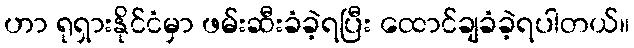
ဟာ ရုရှားနိုင်ငံမှာ ဖမ်းဆီးခံခဲ့ရပြီး ထောင်ချခံခဲ့ရပါတယ်။